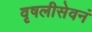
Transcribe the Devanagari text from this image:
वृषलीसेवनं